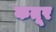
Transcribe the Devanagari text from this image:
कतूर